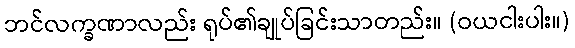
ဘင်လက္ခဏာလည်း ရုပ်၏ချုပ်ခြင်းသာတည်း။ (ဝယငါးပါး။)